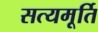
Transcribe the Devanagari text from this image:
सत्यमूर्ति